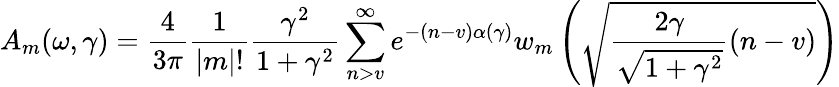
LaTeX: A_{m}(\omega,\gamma)={\frac{4}{3\pi}}{\frac{1}{|m|!}}{\frac{\gamma^{2}}{1+\gamma^{2}}}\sum_{n>v}^{\infty}e^{-(n-v)\alpha(\gamma)}w_{m}\left({\sqrt{{\frac{2\gamma}{\sqrt{1+\gamma^{2}}}}(n-v)}}\right)